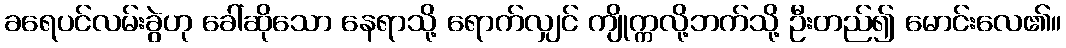
ခရေပင်လမ်းခွဲဟု ခေါ်ဆိုသော နေရာသို့ ရောက်လျှင် ကျိုက္ကလို့ဘက်သို့ ဦးတည်၍ မောင်းလေ၏။